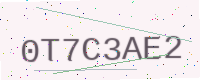
Text: 0T7C3AE2